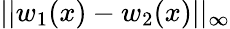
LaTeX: ||w_{1}(x)-w_{2}(x)||_{\infty}